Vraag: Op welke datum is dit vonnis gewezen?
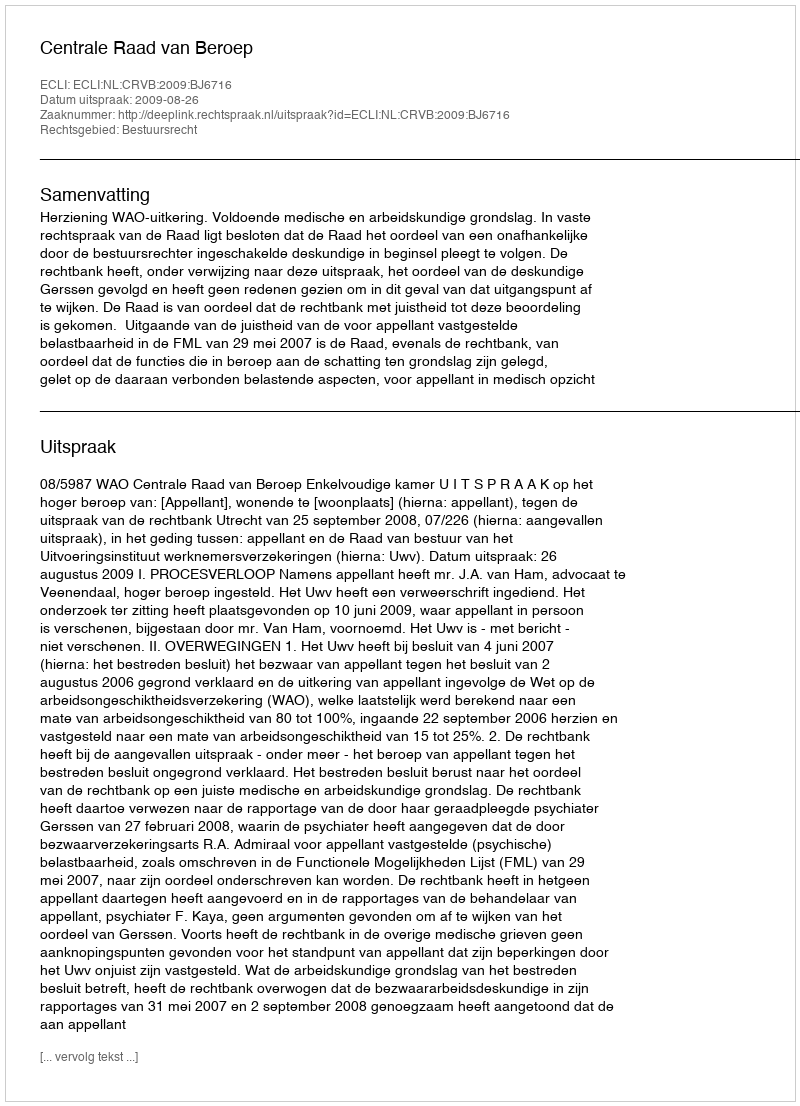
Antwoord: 2009-08-26